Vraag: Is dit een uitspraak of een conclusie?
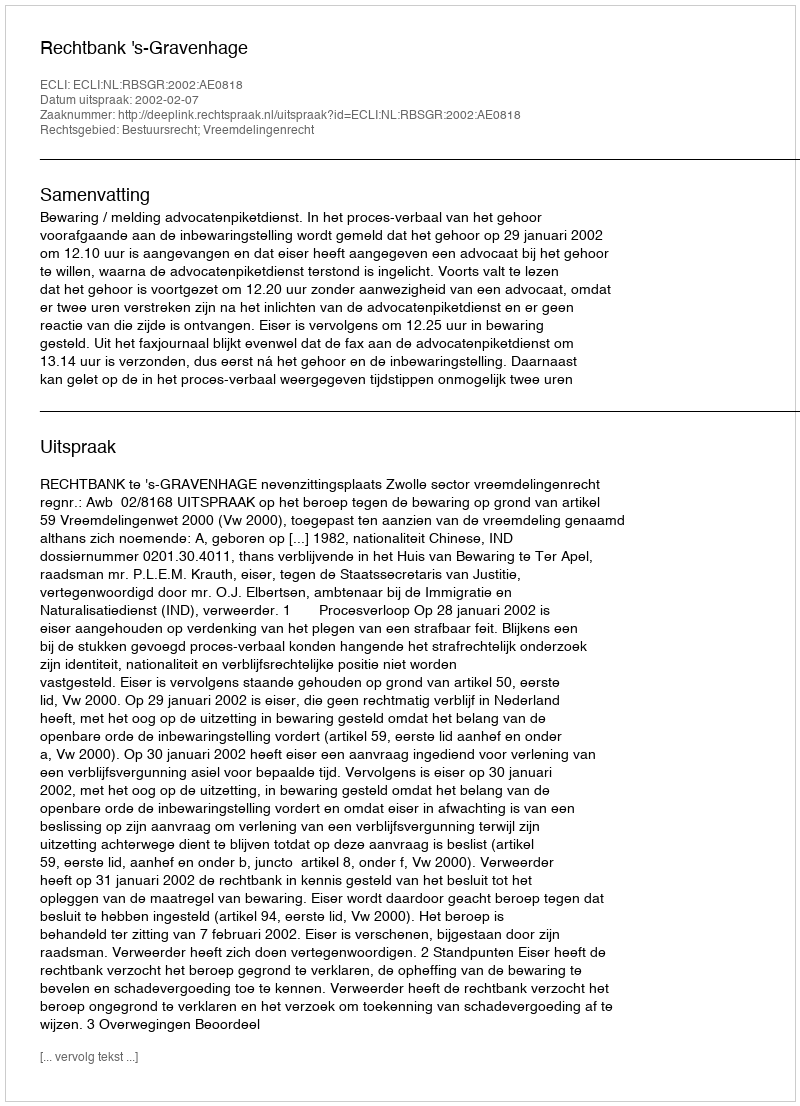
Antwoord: Uitspraak